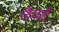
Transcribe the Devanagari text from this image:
लैयर्ड